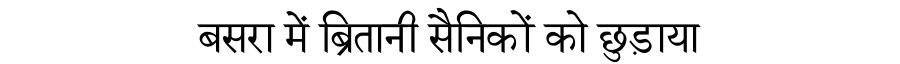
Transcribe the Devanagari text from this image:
बसरा में ब्रितानी सैनिकों को छुड़ाया